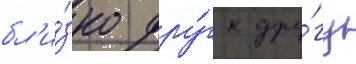
бл'и́зко дру́г к дру́гу